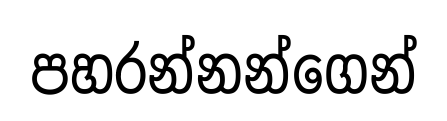
පහරන්නන්ගෙන්